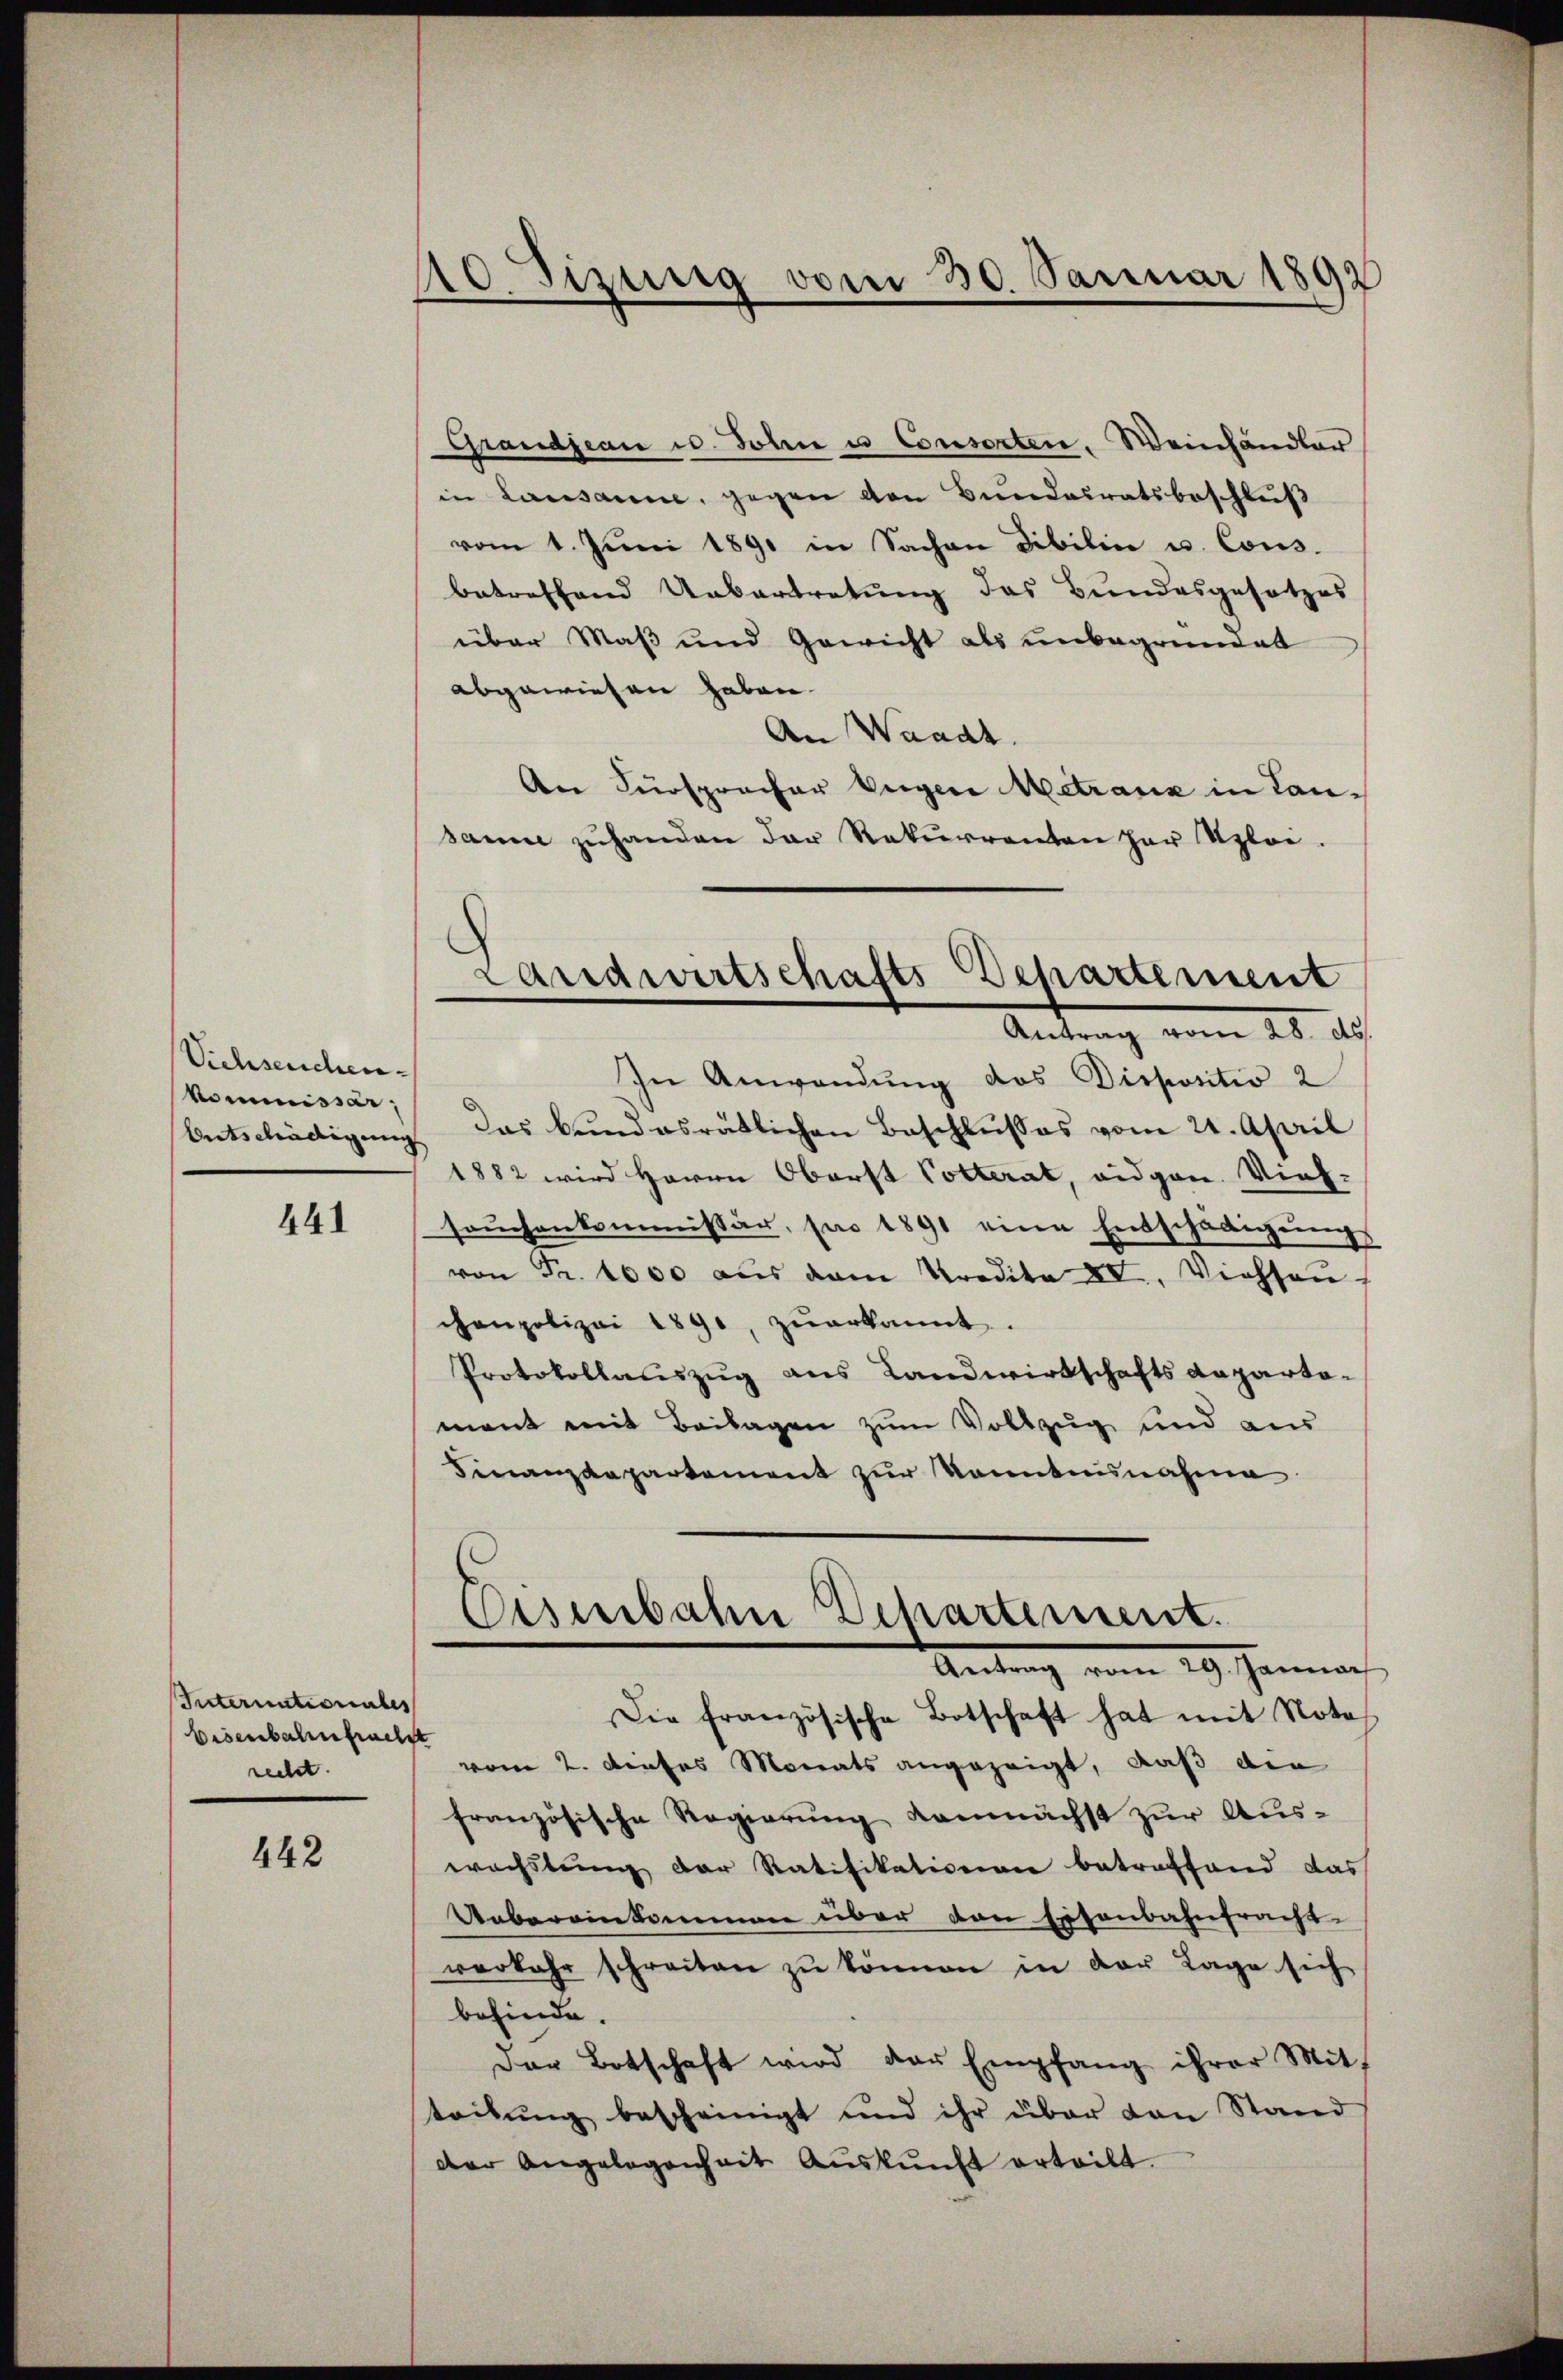
Viehseuchen.
Nominissar,

441

Internationales
Eisenbahnfruchst
recht.

442

10 dizung vom 30. Januar 1892

Grandjean u. John u Consorten. Weinhändler
in Lausanne, gegen den Bundesratsbeschluß
vom 1. Juni 1891 in Sachen Dibilin u. Cons.
betreffend Uebertretung das Bundesgesetzes
über Maß und Gewicht als unbegründet
abgewiesen haben.
An Waadt.
An Fürspracher Verger Metranz in Lan-
samme zuhanden der Rekurrenten har Uploi.
Antrag vom 28. ds.
In Anwendung des Dispositio 2
Entschädigung das bundesrätlichen Beschlusses vom 21. April
1882 wird Herrn Oberst Potterat, eidgen. Viel-
saŭchenkommissär, pro 1891 eine Entschädigŭng
von Fr. 1000 aus dem Predita XV. Viehseuchenpolizei 1890, zuerkannt
Protokollauszug aus Landwirtschaftsdepartoment mit Beilagen zum Vollzug und aus
Finanzdepartement zur Kenntnisnahme
Eisenbahn Departement.
Antrag vom 29. Januar
Die französische Botschaft hat mit Nota
vom 2. dieses Monats angezeigt, daß die
französische Regierung demnächst zur Auswachslung der Ratifikationen betreffend das
Uebereinkommen über den Eisenbahntracht.
verkehr schreiten zŭ können in der Lage sich
befinde.
Der Botschaft wird der Empfang ihrer Mit-
teibung bescheinigt und ihr über den Stand
der Angelegenheit Aŭskŭnft erteilt.

Landwirtschafts Departement